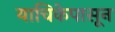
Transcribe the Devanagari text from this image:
याचिकेपासून